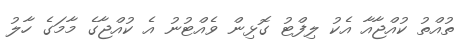
ތުއްތު ކުއްޖާއާ އެކު ލިފްޓު ގޮޅިން ވެއްޓުނު އެ ކުއްޖާގެ މާމަގެ ހާލު